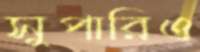
সুপারিও